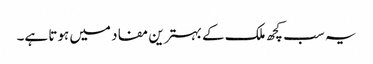
یہ سب کچھ ملک کے بہترین مفاد میں ہوتا ہے۔